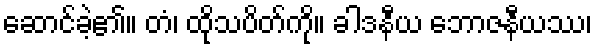
ဆောင်ခဲ့၏။ တံ၊ ထိုသပိတ်ကို။ ခါဒနီယ ဘောဇနီယဿ၊